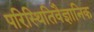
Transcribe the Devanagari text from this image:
परिस्थितिवैज्ञानिक